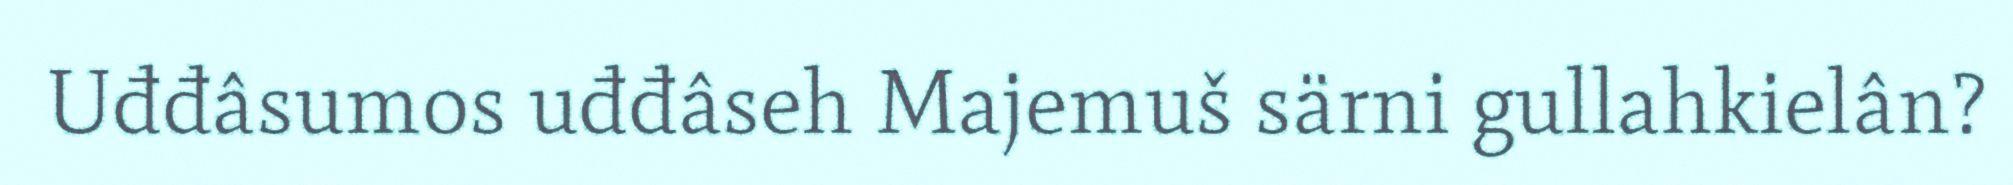
Uđđâsumos uđđâseh Majemuš särni gullahkielân?